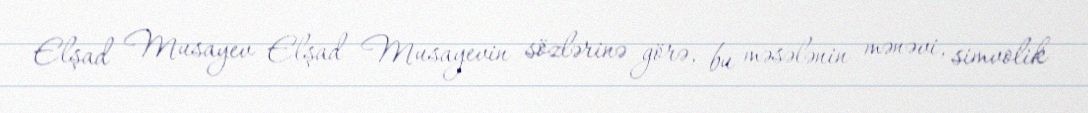
Elşad Musayev Elşad Musayevin sözlərinə görə, bu məsələnin mənəvi, simvolik